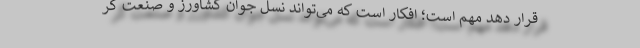
قرار دهد مهم است؛ افکار است که می‌تواند نسل جوان کشاورز و صنعت گر